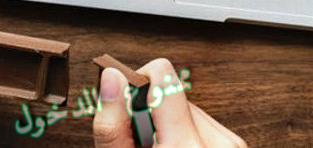
ممنوع الدخول